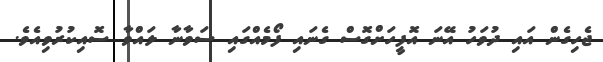
ޖެހިގެން އައި ދުވަހު އޭނަ އޮފީހަށްގޮސް ގެނައި ފޯމެއްގައި ސަވާނާ ލައްވާ ސޮއިކުރުވިއެވެ.